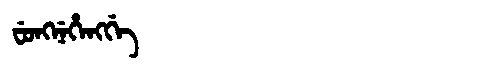
Manchu: ᠸᡠᠩᠨᡝᡥᡝᠩᡤᡝ
Romanization: FUNGNEHENGGE